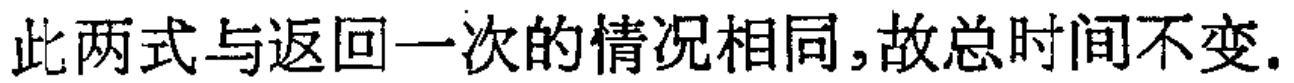
此两式与返回一次的情况相同,故总时间不变.